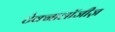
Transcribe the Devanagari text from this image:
टेक्नालॉजीज़